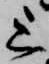
上